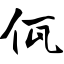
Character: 佤